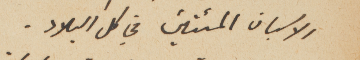
الاسبان المئتين في كل البلاد.